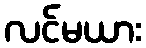
လင်မယား